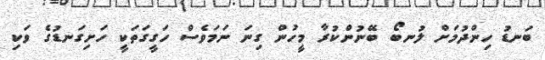
ބަނޑު ހިންދުމަށް ލުނބޯ ބޭނުންކުރާ މީހުން ގިނަ ނަމަވެސް ހަގީގަތަކީ ހަށިގަނޑުގެ ވަކި